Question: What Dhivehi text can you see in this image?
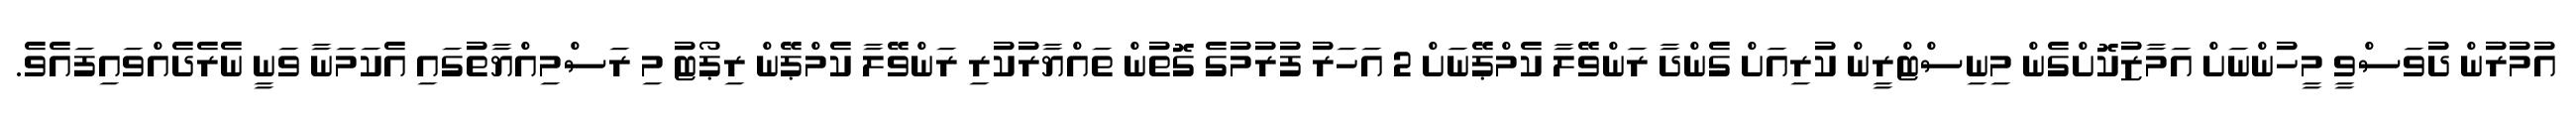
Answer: އުމުރުން ދުވަސްވީ މީހުންނަށް އަމާޒުކޮށްގެން މިނިސްޓްރީން ކުރިއަށް ގެންދާ ރަންވޭލާ ކެމްޕޭނަށް 2 އަހަރު ފުރުމުގެ ގޮތުން ތައްޔާރުކުރި ރަންވޭލާ ކެމްޕޭން ރިޕޯޓު މި ރަސްމިއްޔާތުގައި އެކަމަނާ ވަނީ ނެރެދެއްވައިފައެވެ.